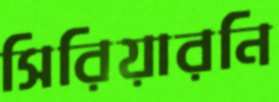
সিরিয়ারনি